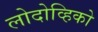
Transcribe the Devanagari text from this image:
लोदोव्हिको